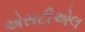
એસટીએલ